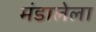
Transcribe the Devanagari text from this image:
मंडालेला